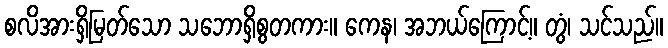
စလိအားရှိမြတ်သော သဘောရှိစွတကား။ ကေန၊ အဘယ်ကြောင့်။ တွံ၊ သင်သည်။